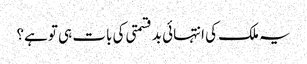
یہ ملک کی انتہائی بدقسمتی کی بات ہی تو ہے؟